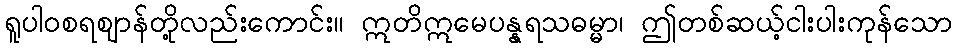
ရူပါဝစရဈာန်တို့လည်းကောင်း။ ဣတိဣမေပန္နရသဓမ္မာ၊ ဤတစ်ဆယ့်ငါးပါးကုန်သော